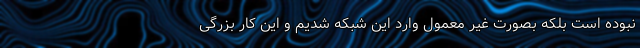
نبوده است بلکه بصورت غیر معمول وارد این شبکه شدیم و این کار بزرگی